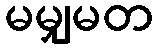
မမျှမတ